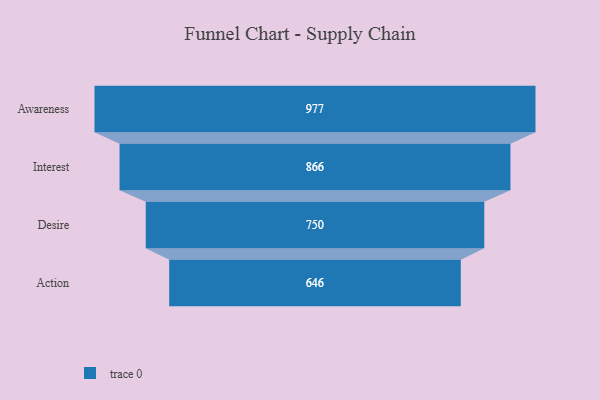
{"axis": {"x": "Stage", "y": "Value"}, "legend": [""], "data": [{"x": "Awareness", "y": 977.0, "type": ""}, {"x": "Interest", "y": 866.0, "type": ""}, {"x": "Desire", "y": 750.0, "type": ""}, {"x": "Action", "y": 646.0, "type": ""}]}